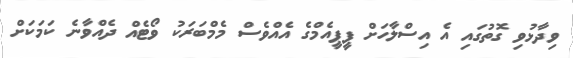
ވިދާޅުވި ގޮތުގައި އެ އިސްލާހަށް ޕީޕީއެމްގެ އެއްވެސް މެމްބަރަކު ވޯޓެއް ދެއްވާނެ ކަމަކަށް